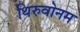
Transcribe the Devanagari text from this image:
थिरुवोनम